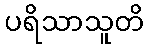
ပရိသာသူတိ